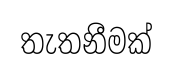
තැතනීමක්